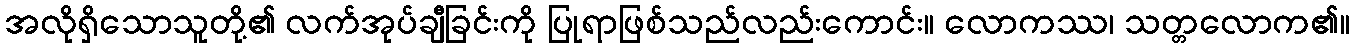
အလိုရှိသောသူတို့၏ လက်အုပ်ချီခြင်းကို ပြုရာဖြစ်သည်လည်းကောင်း။ လောကဿ၊ သတ္တလောက၏။